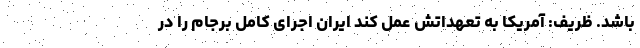
باشد. ظریف: آمريكا به تعهداتش عمل كند ايران اجراى كامل برجام را در